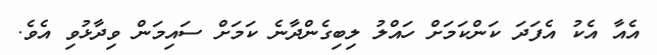
އެއާ އެކު އެފަދަ ކަންކަމަށް ހައްލު ލިބިގެންދާނެ ކަމަށް ސައިމަން ވިދާޅުވި އެވެ.